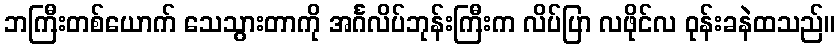
ဘကြီးတစ်ယောက် သေသွားတာကို အင်္ဂလိပ်ဘုန်းကြီးက လိပ်ပြာ လဖိုင်လ ဝုန်းခနဲထသည်။